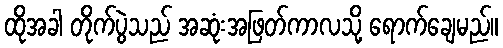
ထိုအခါ တိုက်ပွဲသည် အဆုံးအဖြတ်ကာလသို့ ရောက်ချေမည်။